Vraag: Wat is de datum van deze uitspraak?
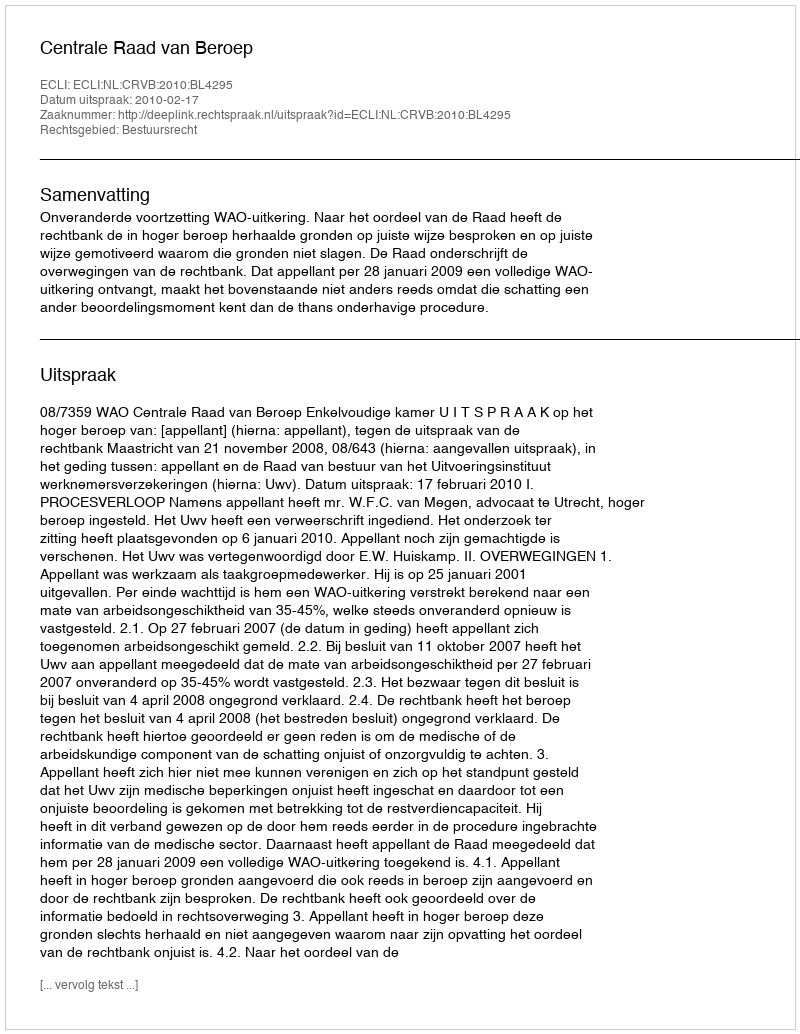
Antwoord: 2010-02-17